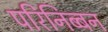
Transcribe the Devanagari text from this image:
परिनिब्बन